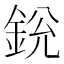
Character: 𨦣